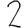
Digit: 2